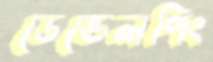
ডেভেলপিং